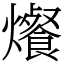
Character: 爘